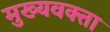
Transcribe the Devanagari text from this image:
मुख्यवक्ता